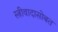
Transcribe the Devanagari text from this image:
स्त्रीवादासोबत